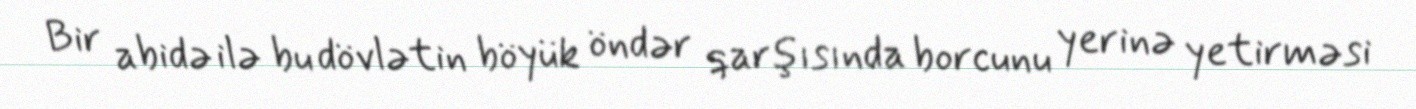
Bir abidə ilə bu dövlətin böyük öndər qarşısında borcunu yerinə yetirməsi